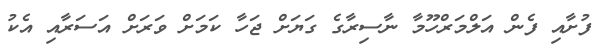
ފުށާއި ފެން އަލްމަރްހޫމާ ނާސިރާގެ ގަޔަށް ޖަހާ ކަމަށް ވަރަށް އަސަރާއި އެކު